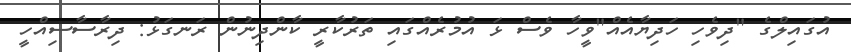
އުގައިލްގެ "ދިވެހި ހަދިޔާއެއް"ވީހާ ވެސް ޅަ އުމުރެއްގައި ތަރުކާރީ ކާންދިނުން ރަނގަޅު: ދިރާސާސިއްހީ